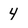
Character: 4